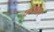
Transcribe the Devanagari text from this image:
छो़डकर